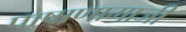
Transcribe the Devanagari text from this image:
पाषाणामाजी